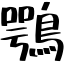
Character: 鶚